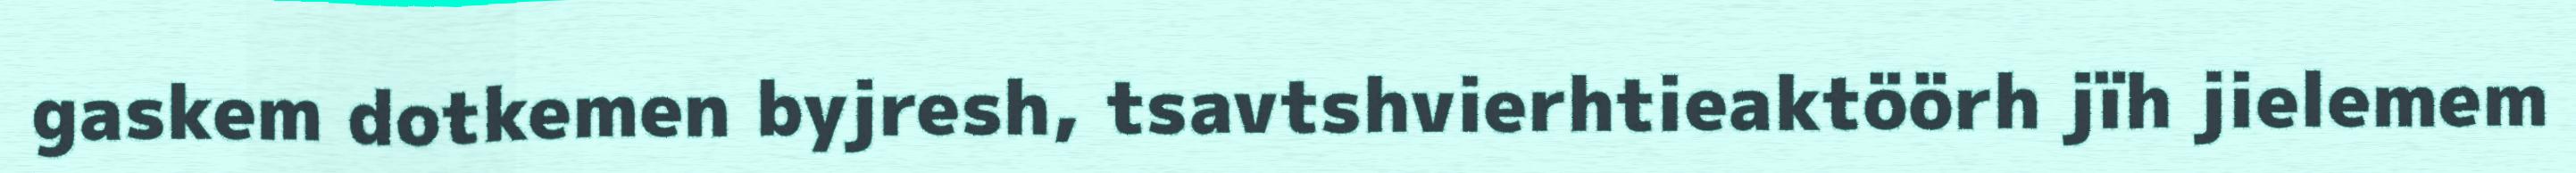
gaskem dotkemen byjresh, tsavtshvierhtieaktöörh jïh jielemem